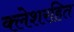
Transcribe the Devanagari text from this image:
क्लेशरहित